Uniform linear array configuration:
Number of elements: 64
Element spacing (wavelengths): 1
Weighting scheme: kaiser
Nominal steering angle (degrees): -30
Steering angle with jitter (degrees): -28.132
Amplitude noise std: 0.05
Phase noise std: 0.05

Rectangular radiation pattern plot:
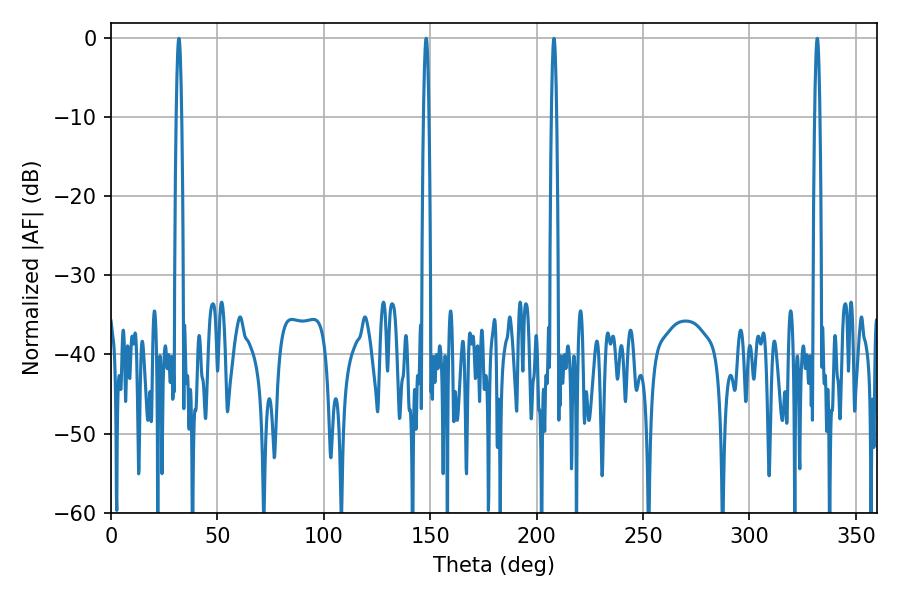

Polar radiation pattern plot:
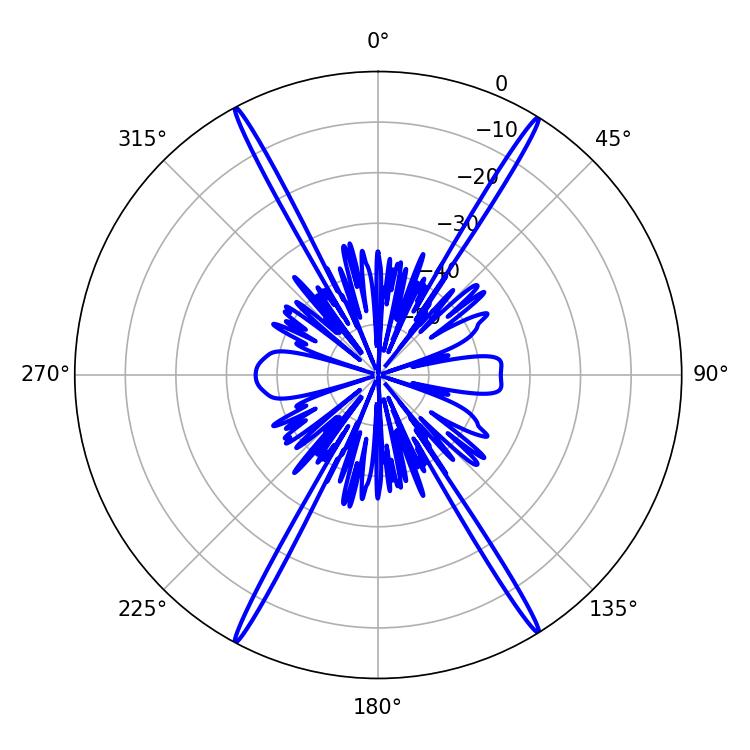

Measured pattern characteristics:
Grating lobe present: TRUE
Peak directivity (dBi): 26.865
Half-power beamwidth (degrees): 1.26
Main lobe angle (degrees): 148.14